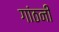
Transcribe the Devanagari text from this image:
गांठनी